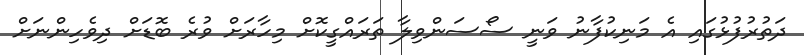
ދަތުރުފުޅުގައި އެ މަނިކުފާނު ވަނީ ސޯސަންވިލާ ތަރައްގީކޮށް މިހާރަށް ވުރެ ބޮޑަށް ދިވެހިންނަށް